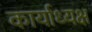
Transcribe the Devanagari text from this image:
कार्याध्‍यक्ष